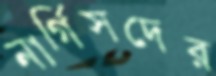
নার্গিসদের